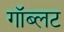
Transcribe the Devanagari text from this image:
गॉब्लट